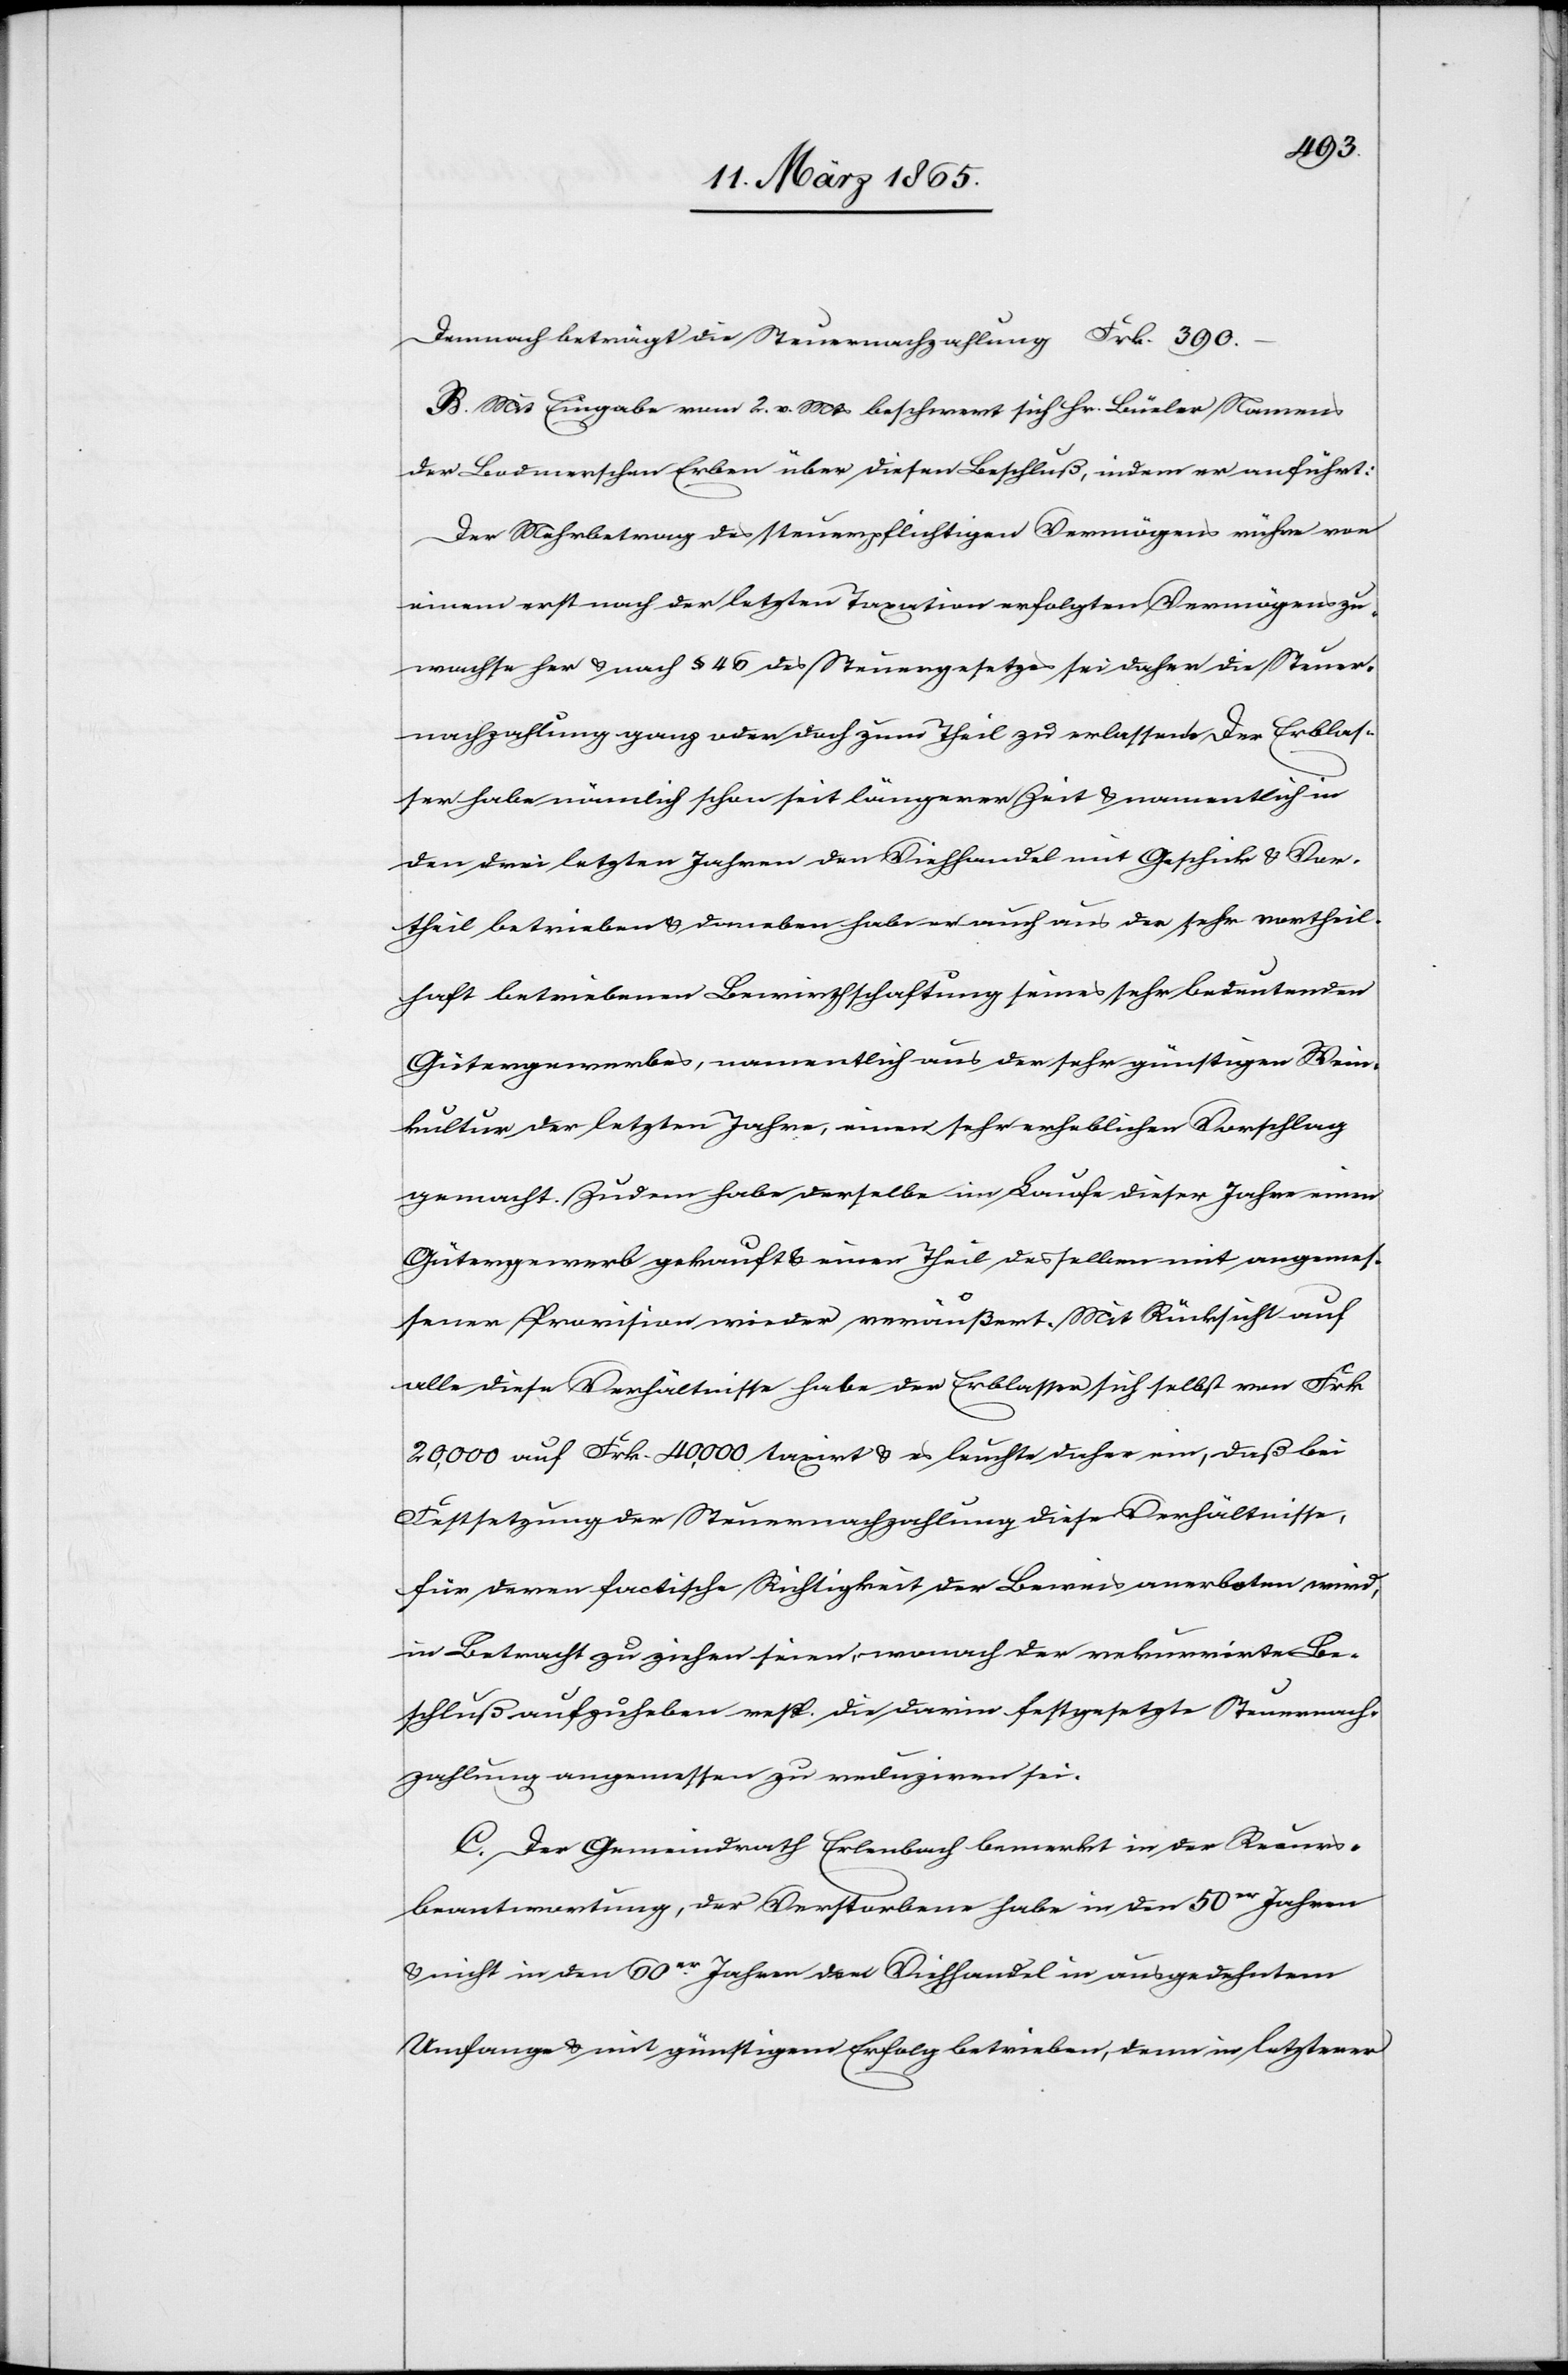
Demnach beträgt die Steuernachzahlung Frk. 390.
B. Mit Eingabe vom 2. v. Mts beschwert sich Hr. Büeler Namens
der Bodmerschen Erben über diesen Beschluß, indem er anführt:
Der Mehrbetrag des steuerpflichtigen Vermögens rühre von
einem erst nach der letzten Taxation erfolgten Vermögenszu¬
wachse her & nach § 46 des Steuergesetzes sei daher die Steuer¬
nachzahlung ganz oder doch zum Theil zu erlassen. Der Erblas¬
ser habe nämlich schon seit längerer Zeit & namentlich in
den drei letzten Jahren den Viehhandel mit Geschick & Vor¬
theil betrieben & daneben habe er auch aus der sehr vortheil¬
haft betriebenen Bewirthschaftung seines sehr bedeutenden
Gütergewerbes, namentlich aus der sehr günstigen Wein¬
kultur der letzten Jahre, einen sehr erheblichen Vorschlag
gemacht. Zudem habe derselbe im Laufe dieser Jahre einen
Gütergewerb gekauft & einen Theil desselben mit angemes¬
sener Provision wieder veräußert. Mit Rücksicht auf
alle diese Verhältnisse habe der Erblasser sich selbst von Frk
20,000 auf Frk. 40,000 taxirt & es leuchte daher ein, daß bei
Festsetzung der Steuernachzahlung dieser Verhältnisse,
für deren factische Richtigkeit der Beweis anerboten wird,
in Betracht zu ziehen seien, wonach der rekurrirte Be¬
schluß aufzuheben resp. die darin festgesetzte Steuernach¬
zahlung angemessen zu reduziren sei.
C. Der Gemeindrath Erlenbach bemerkt in der Recurs¬
beantwortung, der Verstorbene habe in den 50er Jahren
& nicht in den 60er Jahren dem Viehhandel in ausgedehntem
Umfange & mit günstigem Erfolg betrieben, denn in letzterer